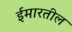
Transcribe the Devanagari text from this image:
ईमारतील